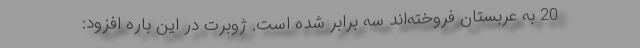
20 به عربستان فروخته‌اند سه برابر شده است. ژوبرت در این باره افزود: